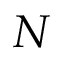
N